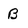
Character: B